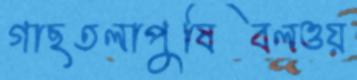
গাছতলাপুষিবলওয়